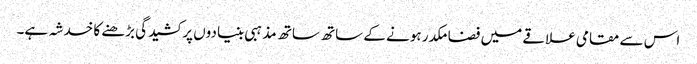
اس سے مقامی علاقے میں فضا مکدر ہونے کے ساتھ ساتھ مذہبی بنیادوں پر کشیدگی بڑھنے کا خدشہ ہے۔